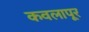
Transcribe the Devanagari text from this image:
कवलापूर